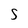
Character: S